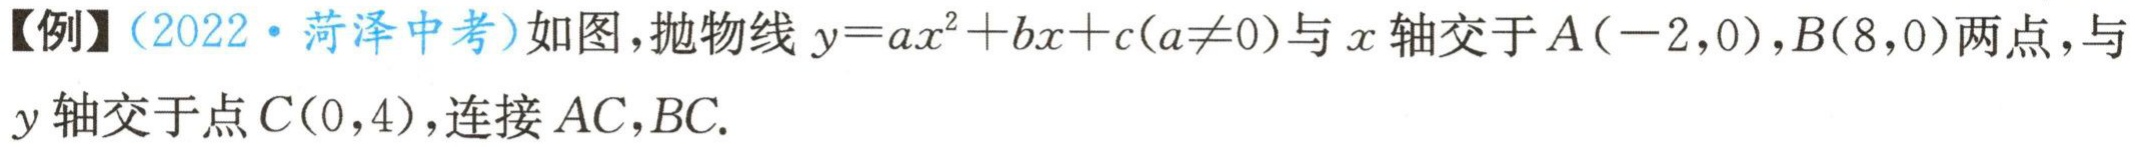
【例】（2022·菏泽中考）如图，抛物线\(y = ax^{2}+bx + c(a\neq0)\)与\(x\)轴交于\(A(-2,0)\)，\(B(8,0)\)两点，与\(y\)轴交于点\(C(0,4)\)，连接\(AC\)，\(BC\).